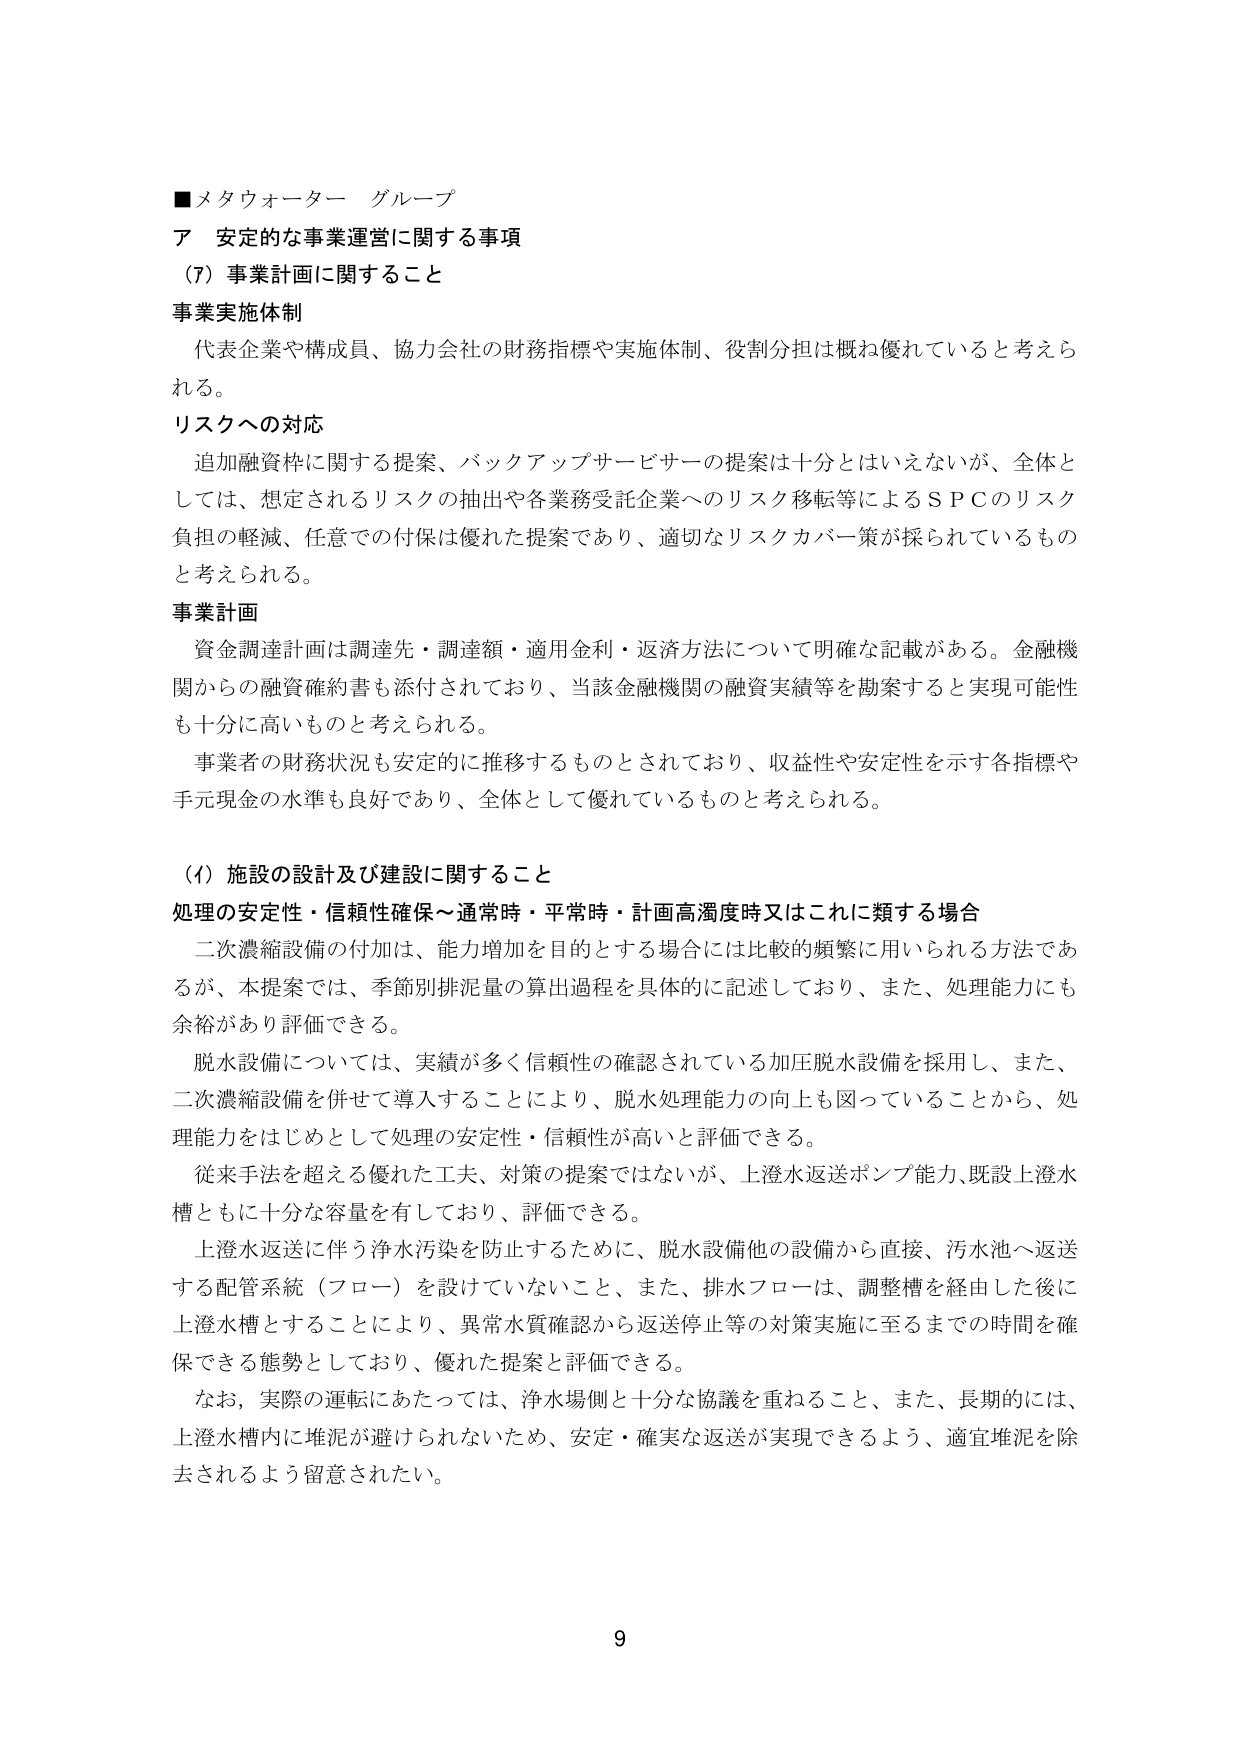
■メタウォーター グループ
ア 安定的な事業運営に関する事項
（7）事業計画に関すること

事業実施体制
代表企業や構成員、協力会社の財務指標や実施体制、役割分担は概ね優れていると考えられる。

リスクへの対応
追加融資枠に関する提案、バックアップサービサーの提案は十分とはいえないが、全体としては、想定されるリスクの抽出や各業務受託企業へのリスク移転等によるＳＰＣのリスク負担の軽減、任意での付保は優れた提案であり、適切なリスクカバー策が採られているものと考えられる。

事業計画
資金調達計画は調達先・調達額・適用金利・返済方法について明確な記載がある。金融機関からの融資確約書も添付されており、当該金融機関の融資実績等を勘案すると実現可能性も十分に高いものと考えられる。
事業者の財務状況も安定的に推移するものとされており、収益性や安定性を示す各指標や手元現金の水準も良好であり、全体として優れているものと考えられる。

（イ）施設の設計及び建設に関すること
処理の安定性・信頼性確保～通常時・平常時・計画高濁度時又はこれに類する場合
二次濃縮設備の付加は、能力増加を目的とする場合には比較的頻繁に用いられる方法であるが、本提案では、季節別排泥量の算出過程を具体的に記述しており、また、処理能力にも余裕があり評価できる。
脱水設備については、実績が多く信頼性の確認されている加圧脱水設備を採用し、また、二次濃縮設備を併せて導入することにより、脱水処理能力の向上も図っていることから、処理能力をはじめとして処理の安定性・信頼性が高いと評価できる。
従来手法を超える優れた工夫、対策の提案ではないが、上澄水返送ポンプ能力、既設上澄水槽ともに十分な容量を有しており、評価できる。
上澄水返送に伴う浄水汚染を防止するために、脱水設備他の設備から直接、汚水池へ返送する配管系統（フロー）を設けていないこと、また、排水フローは、調整槽を経由した後に上澄水槽とすることにより、異常水質確認から返送停止等の対策実施に至るまでの時間を確保できる態勢としており、優れた提案と評価できる。
なお、実際の運転にあたっては、浄水場側と十分な協議を重ねること、また、長期的には、上澄水槽内に堆泥が避けられないため、安定・確実な返送が実現できるよう、適宜堆泥を除去されるよう留意されたい。

9